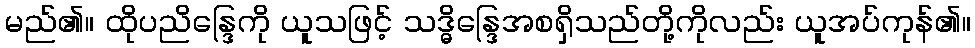
မည်၏။ ထိုပညိန္ဒြေကို ယူသဖြင့် သဒ္ဓိန္ဒြေအစရှိသည်တို့ကိုလည်း ယူအပ်ကုန်၏။